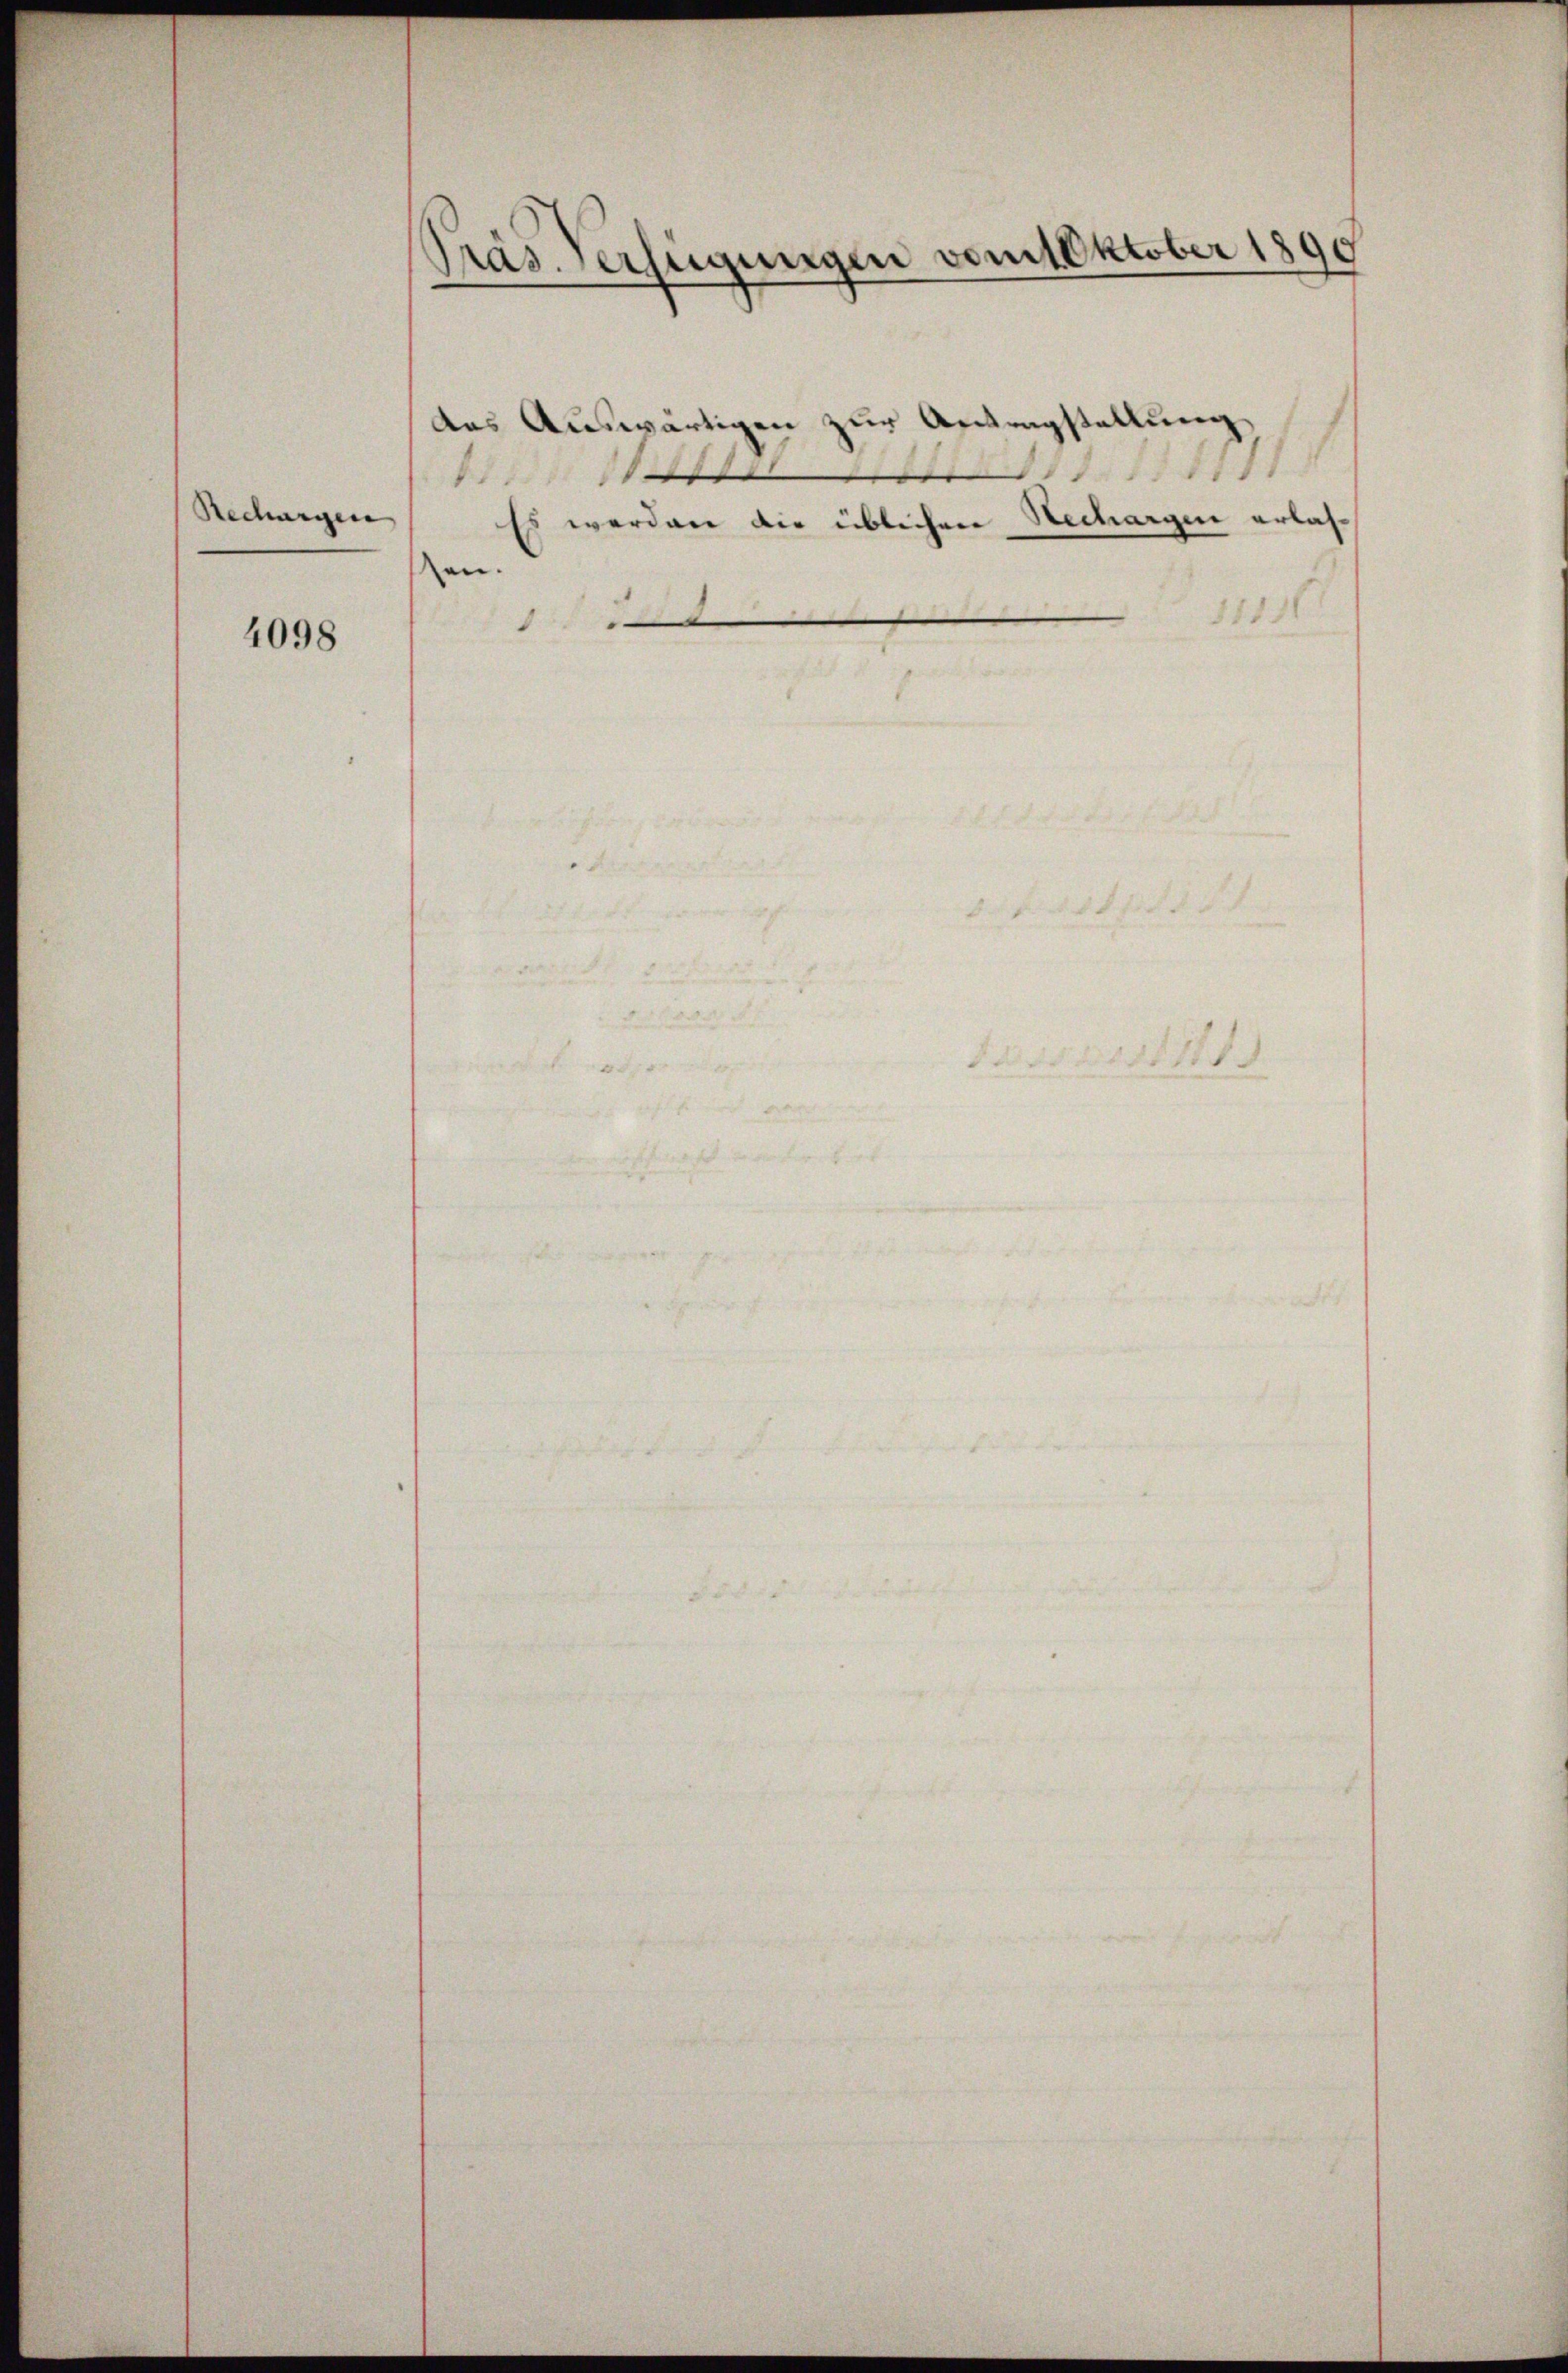
Rechungen

4098

Präs. Verfügungen vom Oktober 1890

das Auswärtigen zur Antragstellung
.
11
18
1
Es werden die üblichen Rechargen erlasen.
1815
.

12